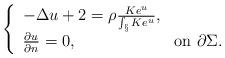
LaTeX: \begin{align*}\left\{\begin{array}{ll}-\Delta u +2 = \rho \frac{K e^u}{\int_{\S} Ke^u}, & \\\frac{\partial u}{\partial n} = 0, &\text{on $\partial\Sigma $.}\end{array}\right.\end{align*}